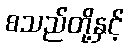
စသည်တို့နှင့်